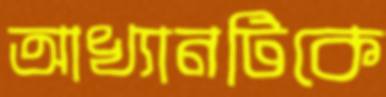
আখ্যানটিকে